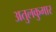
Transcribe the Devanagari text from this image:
अतुलकुमार